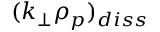
( k _ { \perp } \rho _ { p } ) _ { d i s s }